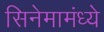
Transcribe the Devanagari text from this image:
सिनेमामंध्ये